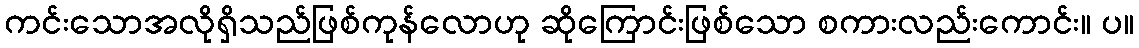
ကင်းသောအလိုရှိသည်ဖြစ်ကုန်လောဟု ဆိုကြောင်းဖြစ်သော စကားလည်းကောင်း။ ပ။